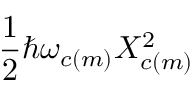
\frac { 1 } { 2 } \hbar \omega _ { c ( m ) } X _ { c ( m ) } ^ { 2 }